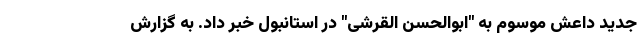
جدید داعش موسوم به "ابوالحسن القرشی" در استانبول خبر داد. به گزارش